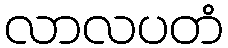
လာလပတံ